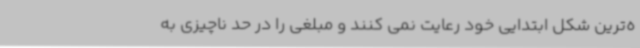
ه‌ترین شکل ابتدایی خود رعایت نمی کنند و مبلغی را در حد ناچیزی به